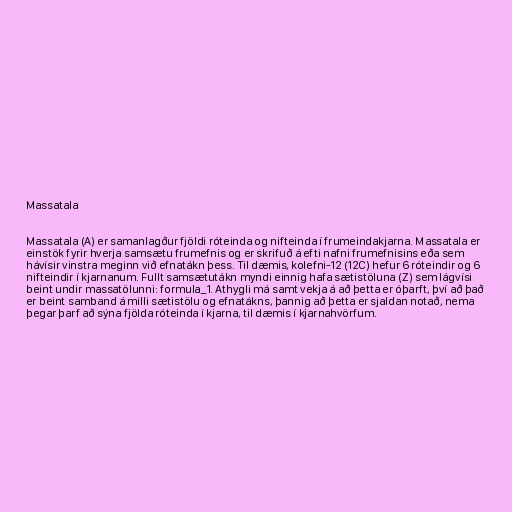
Massatala

Massatala (A) er samanlagður fjöldi róteinda og nifteinda í frumeindakjarna. Massatala er
einstök fyrir hverja samsætu frumefnis og er skrifuð á efti nafni frumefnisins eða sem
hávísir vinstra meginn við efnatákn þess. Til dæmis, kolefni-12 (12C) hefur 6 róteindir og 6
nifteindir í kjarnanum. Fullt samsætutákn myndi einnig hafa sætistöluna (Z) sem lágvísi
beint undir massatölunni: formula_1. Athygli má samt vekja á að þetta er óþarft, því að það
er beint samband á milli sætistölu og efnatákns, þannig að þetta er sjaldan notað, nema
þegar þarf að sýna fjölda róteinda í kjarna, til dæmis í kjarnahvörfum.